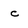
Character: c